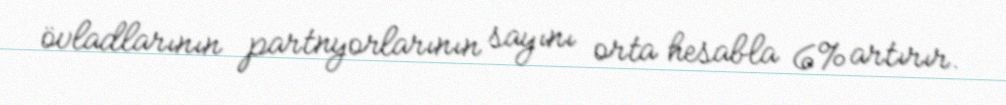
övladlarının partnyorlarının sayını orta hesabla 6% artırır.